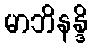
မာဘိနန္ဒိ